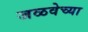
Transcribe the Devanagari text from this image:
जळवेच्या